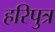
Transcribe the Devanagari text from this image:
हरिपुत्र